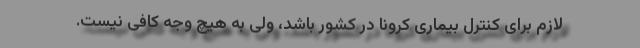
لازم برای کنترل بیماری کرونا در کشور باشد، ولی به هیچ وجه کافی نیست.